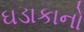
ઘડાકાનો